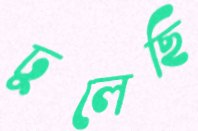
ঢুলেছি